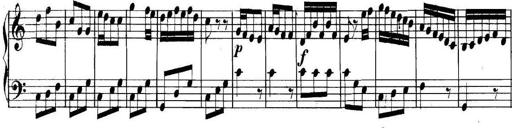
Title: Collected Piano Sonatas
Composer: Muzio Clementi